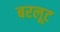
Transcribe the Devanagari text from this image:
बरलूट